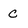
Character: C